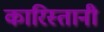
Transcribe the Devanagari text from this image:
कारिस्तानी